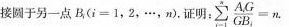
接圆于另一点B，$$(i = 1，2，…，n)$$。证明：$$ \sum_{i=1}^{}\frac{A_{i}G}{GB_{i}}=n$$.